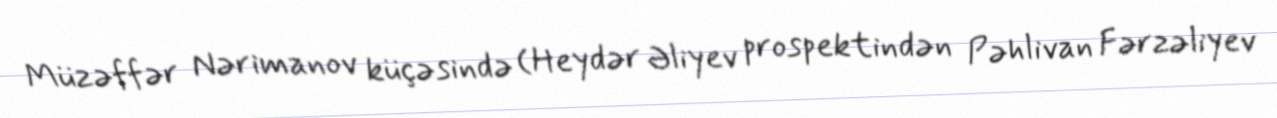
Müzəffər Nərimanov küçəsində (Heydər Əliyev prospektindən Pəhlivan Fərzəliyev